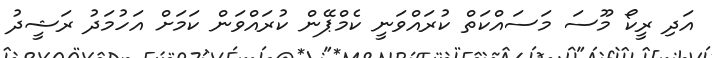
އަދި ރީކޯ މޫސަ މަސައްކަތް ކުރައްވަނީ ކެމްޕޭން ކުރައްވަން ކަމަށް އަހުމަދު ރަޝީދު